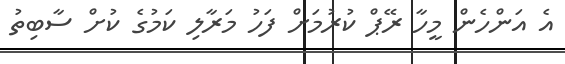
އެ އަންހެން މީހާ ރޭޕް ކުރުމަށް ފަހު މަރާލި ކަމުގެ ކުށް ސާބިތު